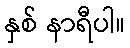
နှစ် နာရီပါ။